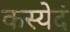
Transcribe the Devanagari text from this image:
कस्येदं